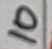
Text: 10